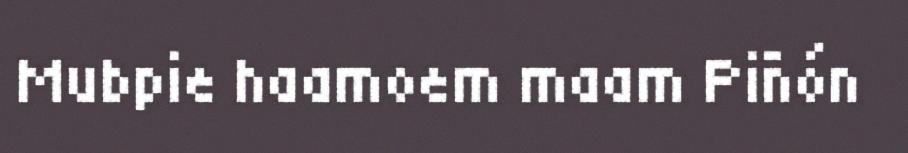
Mubpie haamoem maam Piñón